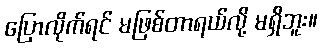
ပြောလိုက်ရင် မဖြစ်တာရယ်လို့ မရှိဘူး။